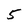
Character: 5